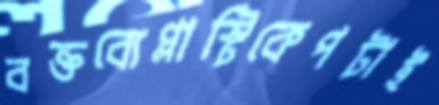
বক্তব্যেপ্লাস্টিকেপটাই